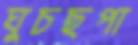
ঘুচছপা